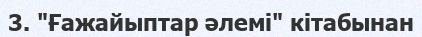
3. "Ғажайыптар әлемі" кітабынан